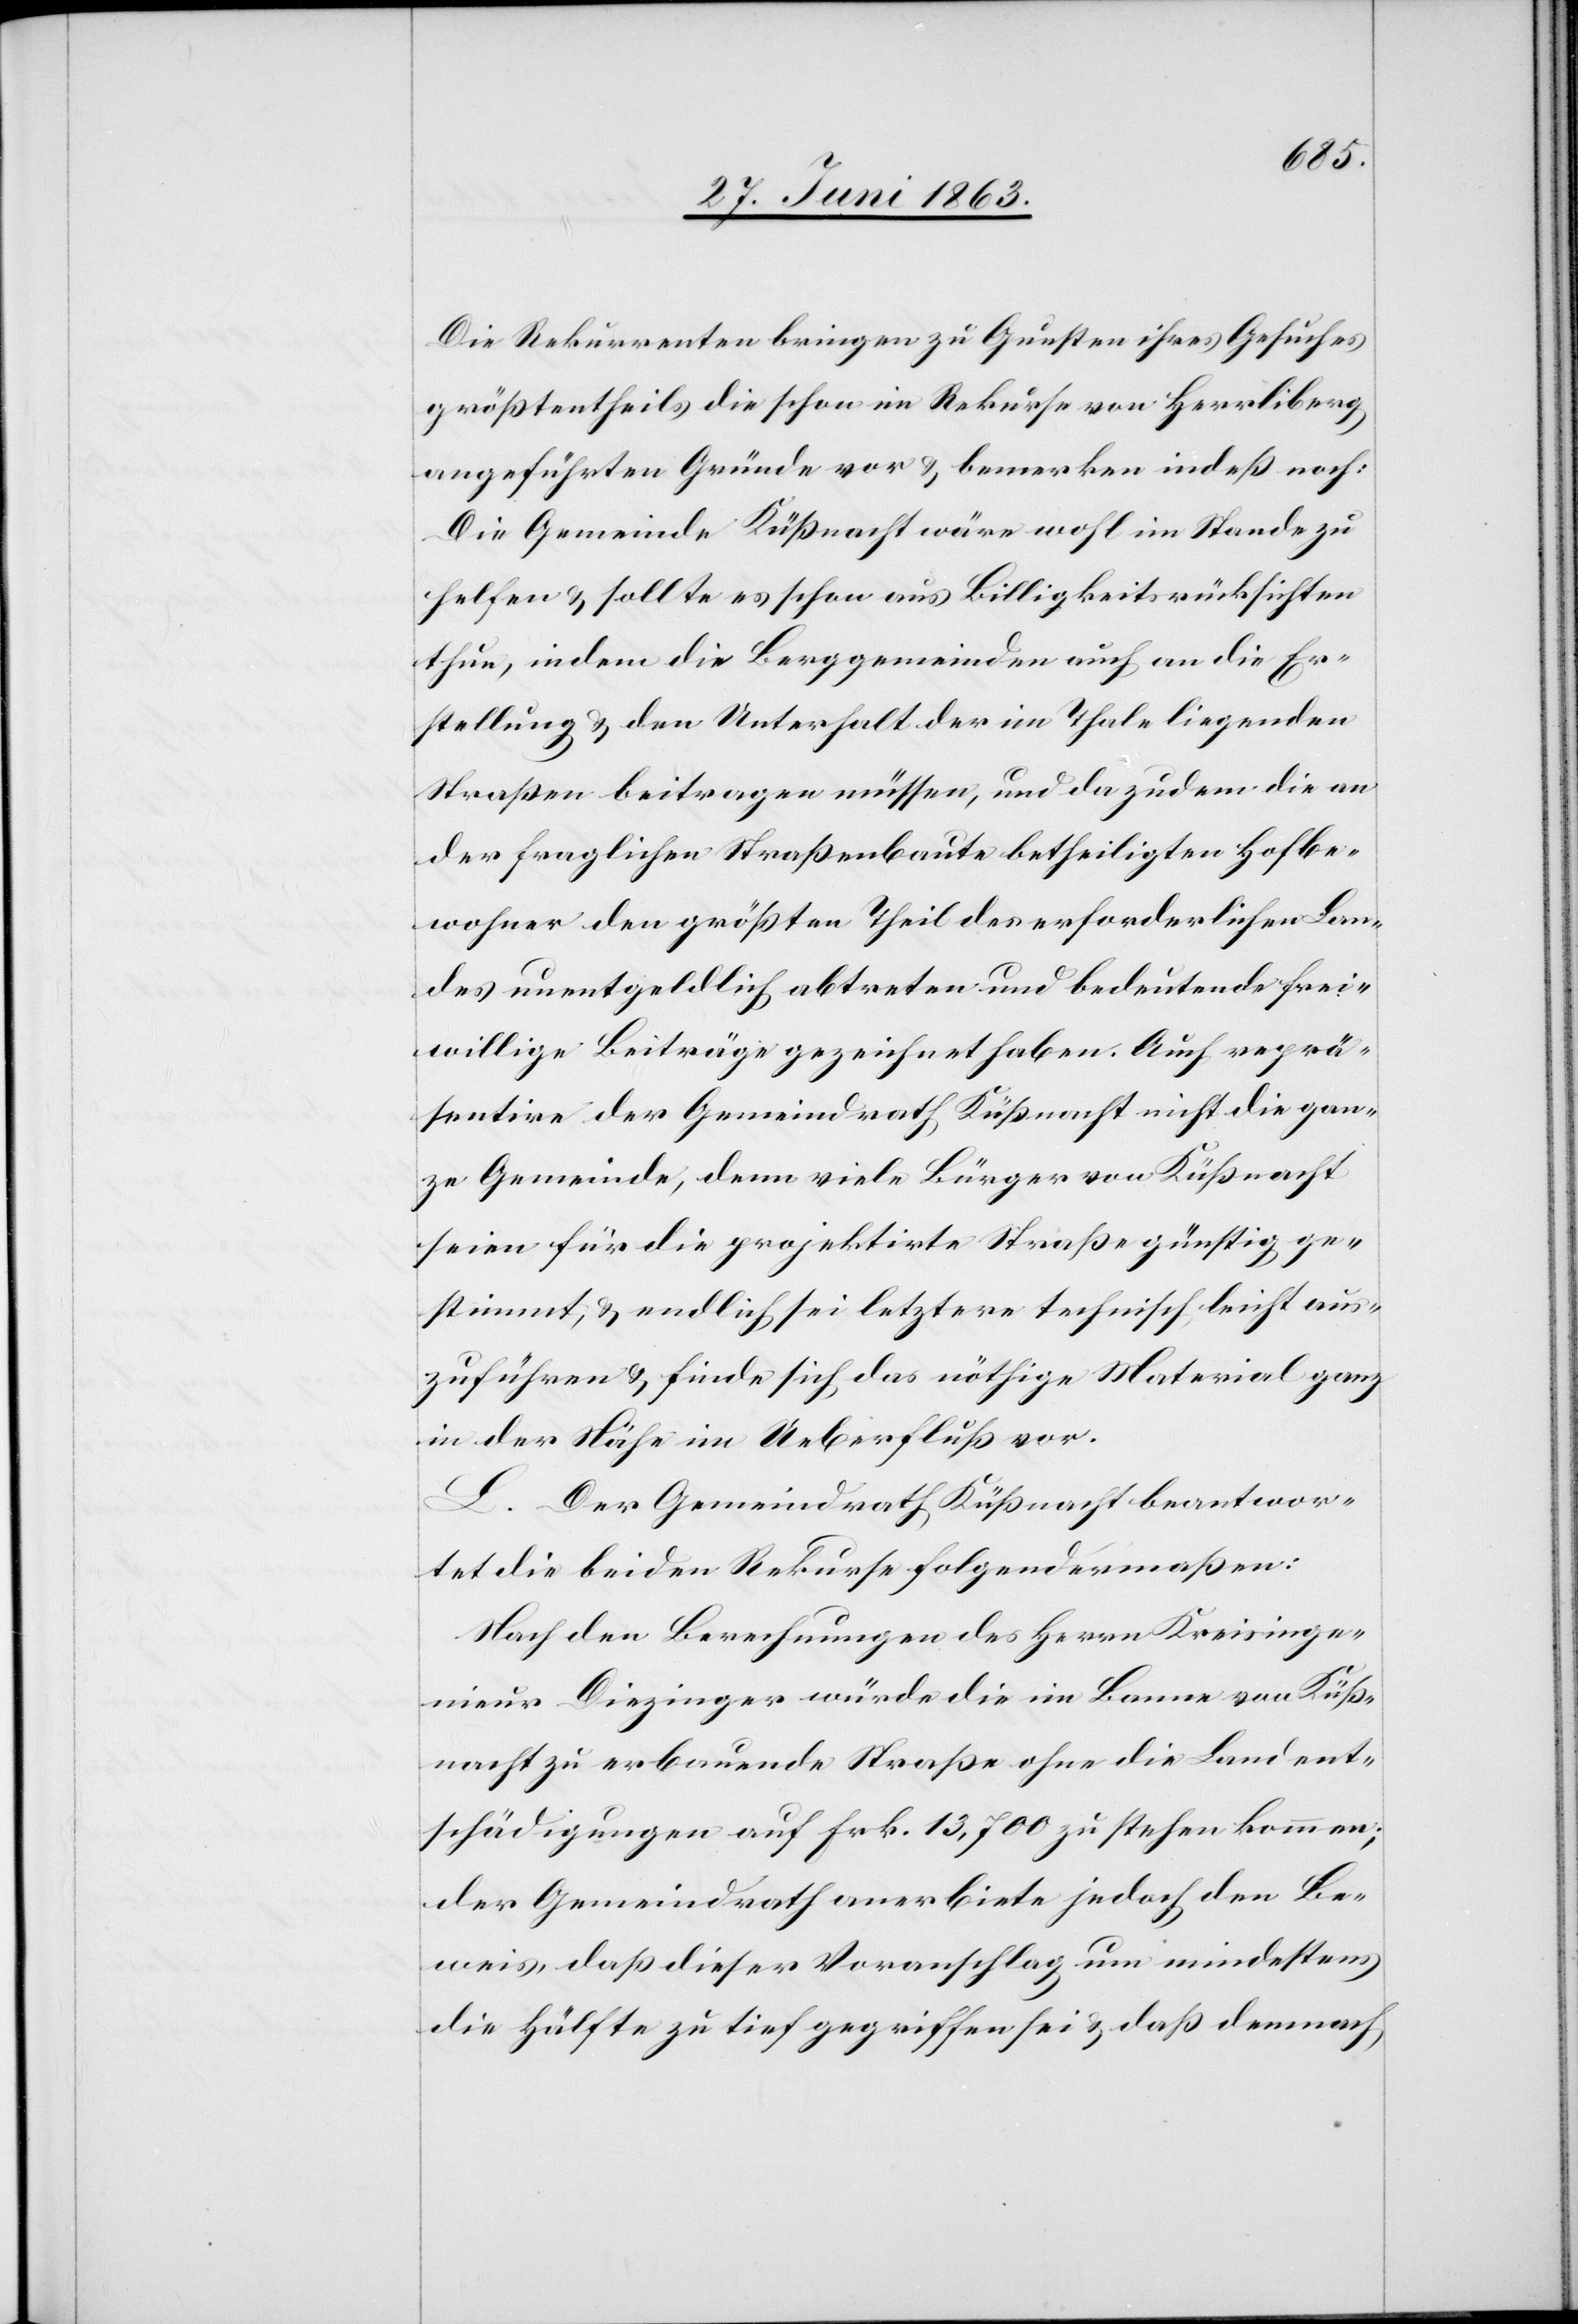
Die Rekurrenten bringen zu Gunsten ihres Gesuches
größtentheils die schon im Rekurse von Herrliberg
angeführten Gründe vor & bemerken indeß noch:
Die Gemeinde Küßnacht wäre wohl im Stande zu
helfen & sollte es schon aus Billigkeitsrücksichten
thun, indem die Berggemeinden auch an die Er¬
stellung & den Unterhalt der im Thale liegenden
Straßen beitragen müssen, und da zudem die an
der fraglichen Straßenbaute betheiligten Hofbe¬
wohner den größten Theil des erforderlichen Lan¬
des unentgeldlich abtreten und bedeutende frei¬
willige Beiträge gezeichnet haben. Auch reprä¬
sentire der Gemeindrath Küßnacht nicht die gan¬
ze Gemeinde, denn viele Bürger von Küßnacht
seien für die projektirte Straße günstig ge¬
stimmt, & endlich sei letztere technisch leicht aus¬
zuführen & finde sich das nöthige Material ganz
in der Nähe in Ueberfluß vor.
L. Der Gemeindrath Küßnacht beantwor¬
tet die beiden Rekurse folgendermaßen:
Nach den Berechnungen des Herrn Kreisinge¬
nieur Diezinger würde die im Banne von Küß¬
nacht zu erbauende Straße ohne die Landent¬
schädigungen auf Frk. 13,700 zu stehen kommen;
der Gemeindrath anerbiete jedoch den Be¬
weis, daß dieser Voranschlag um mindestens
die Hälfte zu tief gegriffen sei & daß demnach